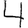
Digit: 4